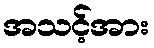
အသင့်အား